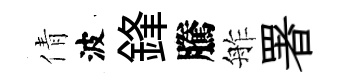
倩波鋒騰舴署